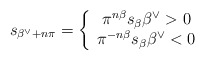
\begin{align*}s_{\beta^\vee + n \pi} = \left\{\begin{array}{c l} \pi^{n\beta} s_{\beta} \beta^\vee > 0 \\\pi^{-n\beta} s_{\beta} \beta^\vee < 0\end{array}\right.\end{align*}